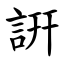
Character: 詽